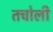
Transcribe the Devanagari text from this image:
तचोली